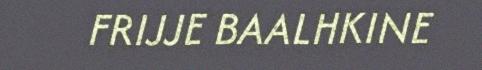
FRIJJE BAALHKINE